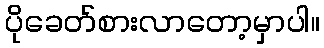
ပိုခေတ်စားလာတော့မှာပါ။